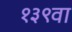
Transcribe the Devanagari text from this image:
१३९वा